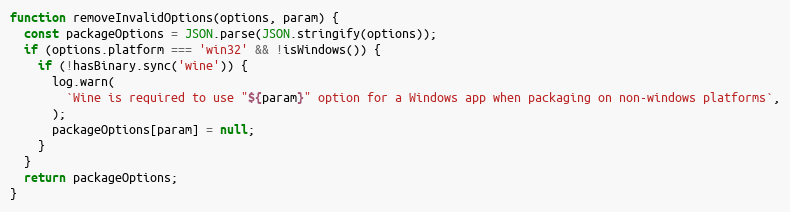
Language: JavaScript
function removeInvalidOptions(options, param) {
  const packageOptions = JSON.parse(JSON.stringify(options));
  if (options.platform === 'win32' && !isWindows()) {
    if (!hasBinary.sync('wine')) {
      log.warn(
        `Wine is required to use "${param}" option for a Windows app when packaging on non-windows platforms`,
      );
      packageOptions[param] = null;
    }
  }
  return packageOptions;
}